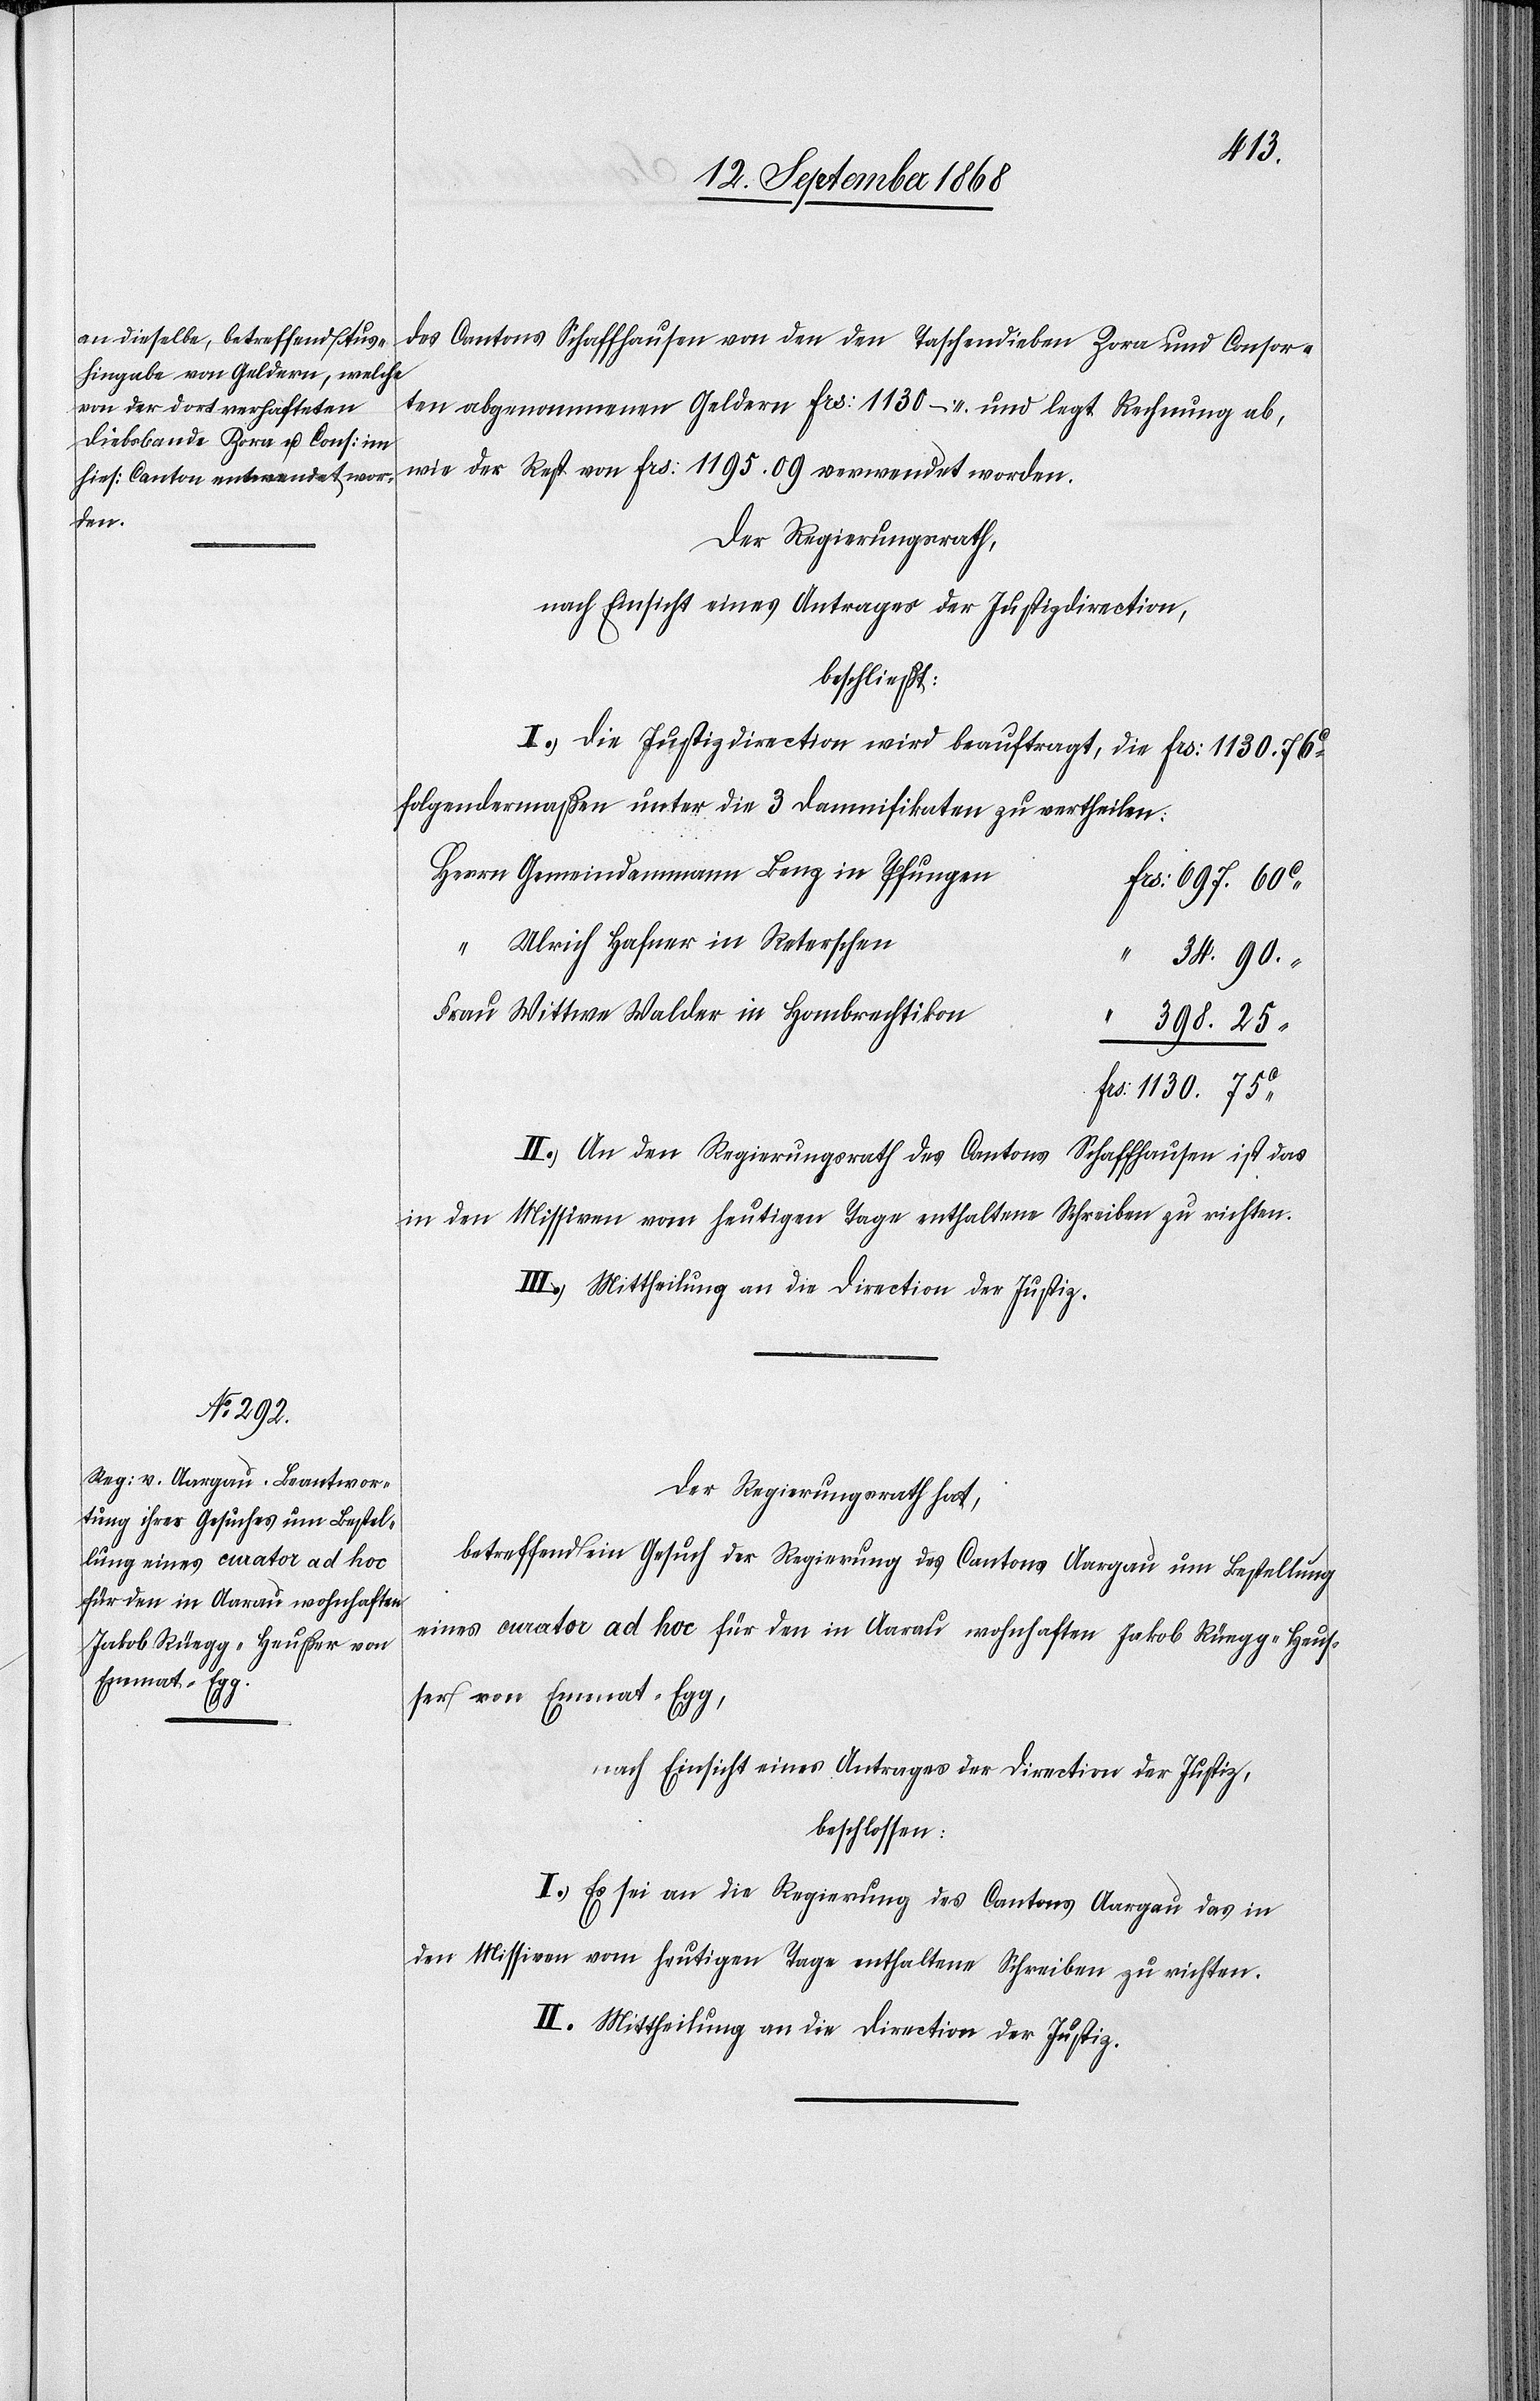
des Cantons Schaffhausen von den den Taschendieben Zora und Consor¬
ten abgenommenen Geldern Frs: 1130 – und legt Rechnung ab,
wie der Rest von Frs: 1195. 09 verwendet worden.
Der Regierungsrath,
nach Einsicht eines Antrages der Justizdirection,
beschließt:
I.) Die Justizdirection wird beauftragt, die Frs: 1130. 76c
folgendermaßen unter die 3 Damnifikaten zu vertheilen:
Herrn Gemeindammann Benz in Pfungen
Frs: 697. 60c
“ Ulrich Hafner in Reterschen
“ 34. 90.
Frau Wittwe Walder in Hombrechtikon
“ 398. 25
Frs: 1130. 75c
Schaffhausen ist das
II.) An den Regierungsrath des Cantons
Missiven vom heutigen Tage enthaltene Schreiben zu richten.
in den
III.) Mittheilung an die Direction der Justiz.
Der Regierungsrath hat,
betreffend ein Gesuch der Regierung des Cantons Aargau um Bestellung
eines curator ad hoc für den in Aarau wohnhaften Jakob Rüegg-Heus¬
ser von Emmat - Egg,
nach Einsicht eines Antrages der Direction der Justiz,
beschlossen:
I. Es sei an die Regierung des Cantons Aargau das in
den Missiven vom heutigen Tage enthaltene Schreiben zu richten.
II. Mittheilung an die Direction der Justiz.